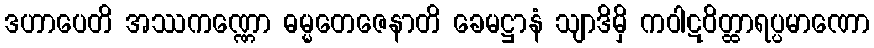
ဒဟာပေတိ အဿကဏ္ဏော ဓမ္မတေဇေနာတိ ခေမဋ္ဌာနံ သျာဒိမှိ ကဝါဋဝိတ္ထာရပ္ပမာဏော